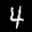
Label: 4